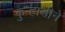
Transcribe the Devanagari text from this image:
कुऱ्हाडीने